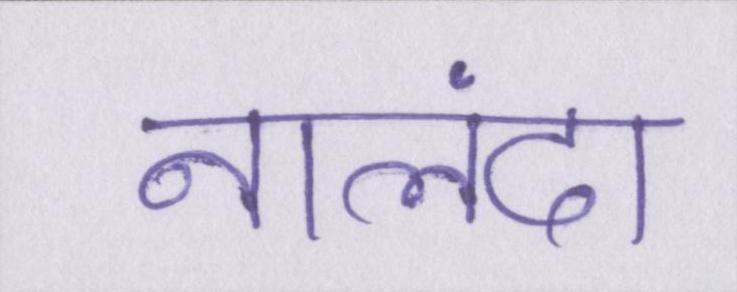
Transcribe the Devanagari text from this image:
नालंदा